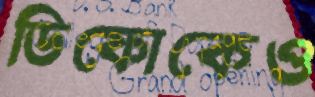
ডিফোকেও